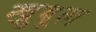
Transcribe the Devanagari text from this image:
खुबूल